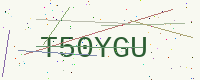
Text: T50YGU